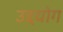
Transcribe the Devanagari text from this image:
उद्दयोग